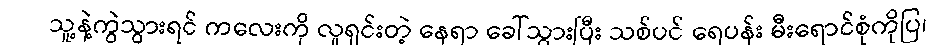
သူ့နဲ့ကွဲသွားရင် ကလေးကို လူရှင်းတဲ့ နေရာ ခေါ်သွားပြီး သစ်ပင် ရေပန်း မီးရောင်စုံကိုပြ၊